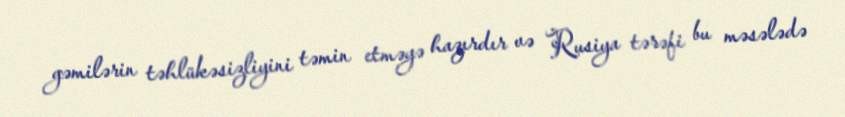
gəmilərin təhlükəsizliyini təmin etməyə hazırdır və Rusiya tərəfi bu məsələdə